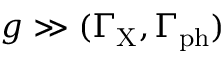
g \gg ( \Gamma _ { \mathrm { { X } } } , \Gamma _ { \mathrm { { p h } } } )